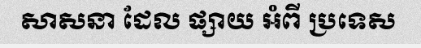
សាសនា ដែល ផ្សាយ អំពី ប្រទេស